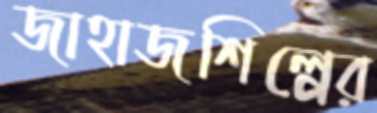
জাহাজশিল্পের